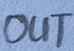
Text: OUT